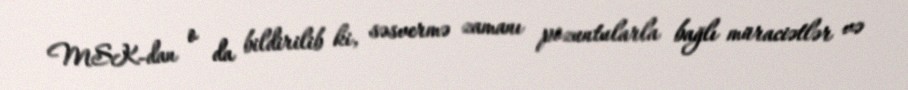
MSK-dan o da bildirilib ki, səsvermə zamanı pozuntularla bağlı müraciətlər və